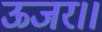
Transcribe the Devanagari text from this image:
ऊजर।।